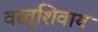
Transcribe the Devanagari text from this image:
वस्तूशिवाय